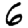
Digit: 6